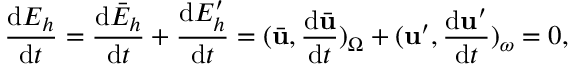
\frac { \mathrm { d } E _ { h } } { \mathrm { d } t } = \frac { \mathrm { d } \bar { E } _ { h } } { \mathrm { d } t } + \frac { \mathrm { d } E _ { h } ^ { \prime } } { \mathrm { d } t } = ( \bar { \mathbf { u } } , \frac { \mathrm { d } \bar { \mathbf { u } } } { \mathrm { d } t } ) _ { \Omega } + ( \mathbf { u } ^ { \prime } , \frac { \mathrm { d } \mathbf { u } ^ { \prime } } { \mathrm { d } t } ) _ { \omega } = 0 ,